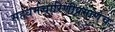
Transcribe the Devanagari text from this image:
सहधर्मचारिणीप्रमाणेच